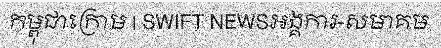
កម្ពុជាក្រោម | SWIFT NEWSអង្គការ-សមាគម